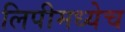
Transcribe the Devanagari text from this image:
लिपीमध्येच